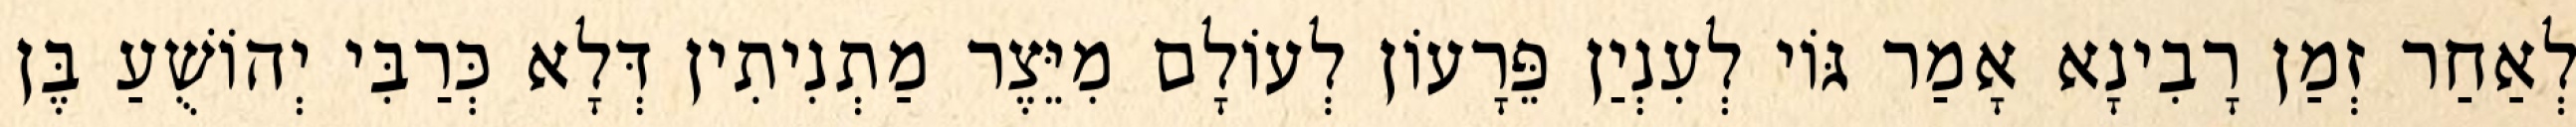
לְאַחַר זְמַן רָבִינָא אָמַר גּוֹי לְעִנְיַן פֵּרָעוֹן לְעוֹלָם מִיֵּצֶר מַתְנִיתִין דְּלָא כְּרַבִּי יְהוֹשֻׁעַ בֶּן